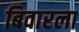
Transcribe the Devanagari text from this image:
बिवारला